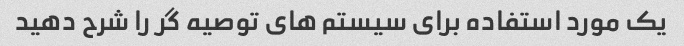
یک مورد استفاده برای سیستم های توصیه گر را شرح دهید